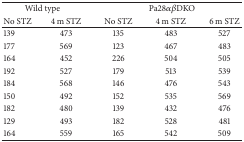
<table><thead><tr><td colspan="2"><b>Wild type</b></td><td colspan="3"><b>Pa28<i>αβ</i>DKO</b></td></tr><tr><td><b>No STZ</b></td><td><b>4 m STZ</b></td><td><b>No STZ</b></td><td><b>4 m STZ</b></td><td><b>6 m STZ</b></td></tr></thead><tbody><tr><td>139</td><td>473</td><td>135</td><td>483</td><td>527</td></tr><tr><td>177</td><td>569</td><td>123</td><td>467</td><td>483</td></tr><tr><td>164</td><td>452</td><td>226</td><td>504</td><td>505</td></tr><tr><td>192</td><td>527</td><td>179</td><td>513</td><td>539</td></tr><tr><td>184</td><td>568</td><td>146</td><td>476</td><td>543</td></tr><tr><td>150</td><td>492</td><td>152</td><td>535</td><td>569</td></tr><tr><td>182</td><td>480</td><td>139</td><td>432</td><td>476</td></tr><tr><td>129</td><td>493</td><td>182</td><td>528</td><td>481</td></tr><tr><td>164</td><td>559</td><td>165</td><td>542</td><td>509</td></tr></tbody></table>